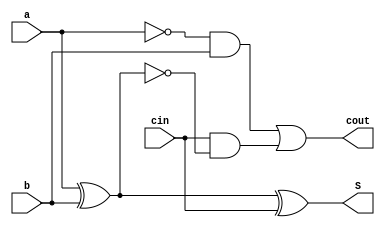
module cfulladder(S, cout, a, b, cin);

input a, b, cin;

wire my_xor1, my_and1, my_and2, my_not1, my_not2;
output S, cout;

//always
  xor myXor1(my_xor1, a, b);
  not myNot1(my_not1, a);
  and myAnd1(my_and1, my_not1, b);
  xor myXor2(S, my_xor1, cin);
  not myNot2(my_not2, my_xor1);
  and myAnd2(my_and2, cin, my_not2);
  or myOr(cout, my_and1, my_and2);


endmodule